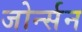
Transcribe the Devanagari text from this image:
जोर्न्सन